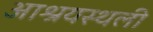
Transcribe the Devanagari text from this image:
आश्रयस्थली